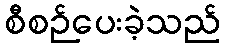
စီစဉ်ပေးခဲ့သည်